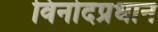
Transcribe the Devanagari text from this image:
विनोदप्रधान